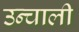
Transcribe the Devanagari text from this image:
उन्चाली